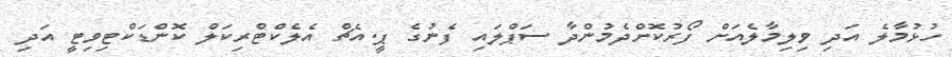
ހުޅުމާލެ އަދި ވިލިމާލެއަށް ފޯރުކޮށްދެމުންދާ ސަޕްލައި ފެނުގެ ޕީ.އެޗް އެލެކްޓްރިކަލް ކޮންޑަކްޓިވިޓީ އަދި